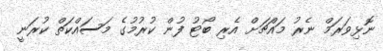
ނޮޅިވަރަމް ނެރު މައްޗަށް އެރި ބޯޓު ފުން ކުރުމުގެ މަސައްކަތް ކުރަނީ